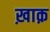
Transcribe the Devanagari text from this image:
ख़ाक़